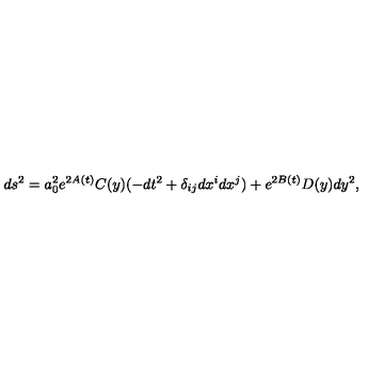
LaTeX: d s ^ { 2 } = a _ { 0 } ^ { 2 } e ^ { 2 A ( t ) } C ( y ) ( - d t ^ { 2 } + \delta _ { i j } d x ^ { i } d x ^ { j } ) + e ^ { 2 B ( t ) } D ( y ) d y ^ { 2 } ,